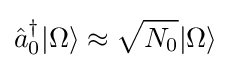
{\hat {a}}_{0}^{\dagger }|\Omega \rangle \approx {\sqrt {N_{0}}}|\Omega \rangle